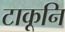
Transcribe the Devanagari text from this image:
टाकूनि